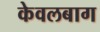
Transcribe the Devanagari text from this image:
केवलबाग